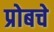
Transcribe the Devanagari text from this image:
प्रोबचे